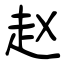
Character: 赵